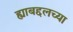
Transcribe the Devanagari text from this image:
ह्याबद्दलच्या